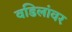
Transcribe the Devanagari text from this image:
वडिलांवर